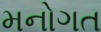
મનોગત